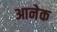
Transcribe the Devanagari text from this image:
आनेक